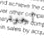
أجود